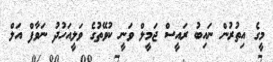
މީގެ އިތުރުން ނައިބު ރައީސް ޖަމީލް ވަނީ ކުވޭތުގެ ވަލީއަހުދު ނަވާފް އަލް